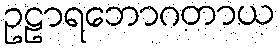
ဥဠာရဘောဂတာယ